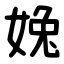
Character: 婏